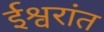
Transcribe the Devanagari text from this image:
ईश्वरांत